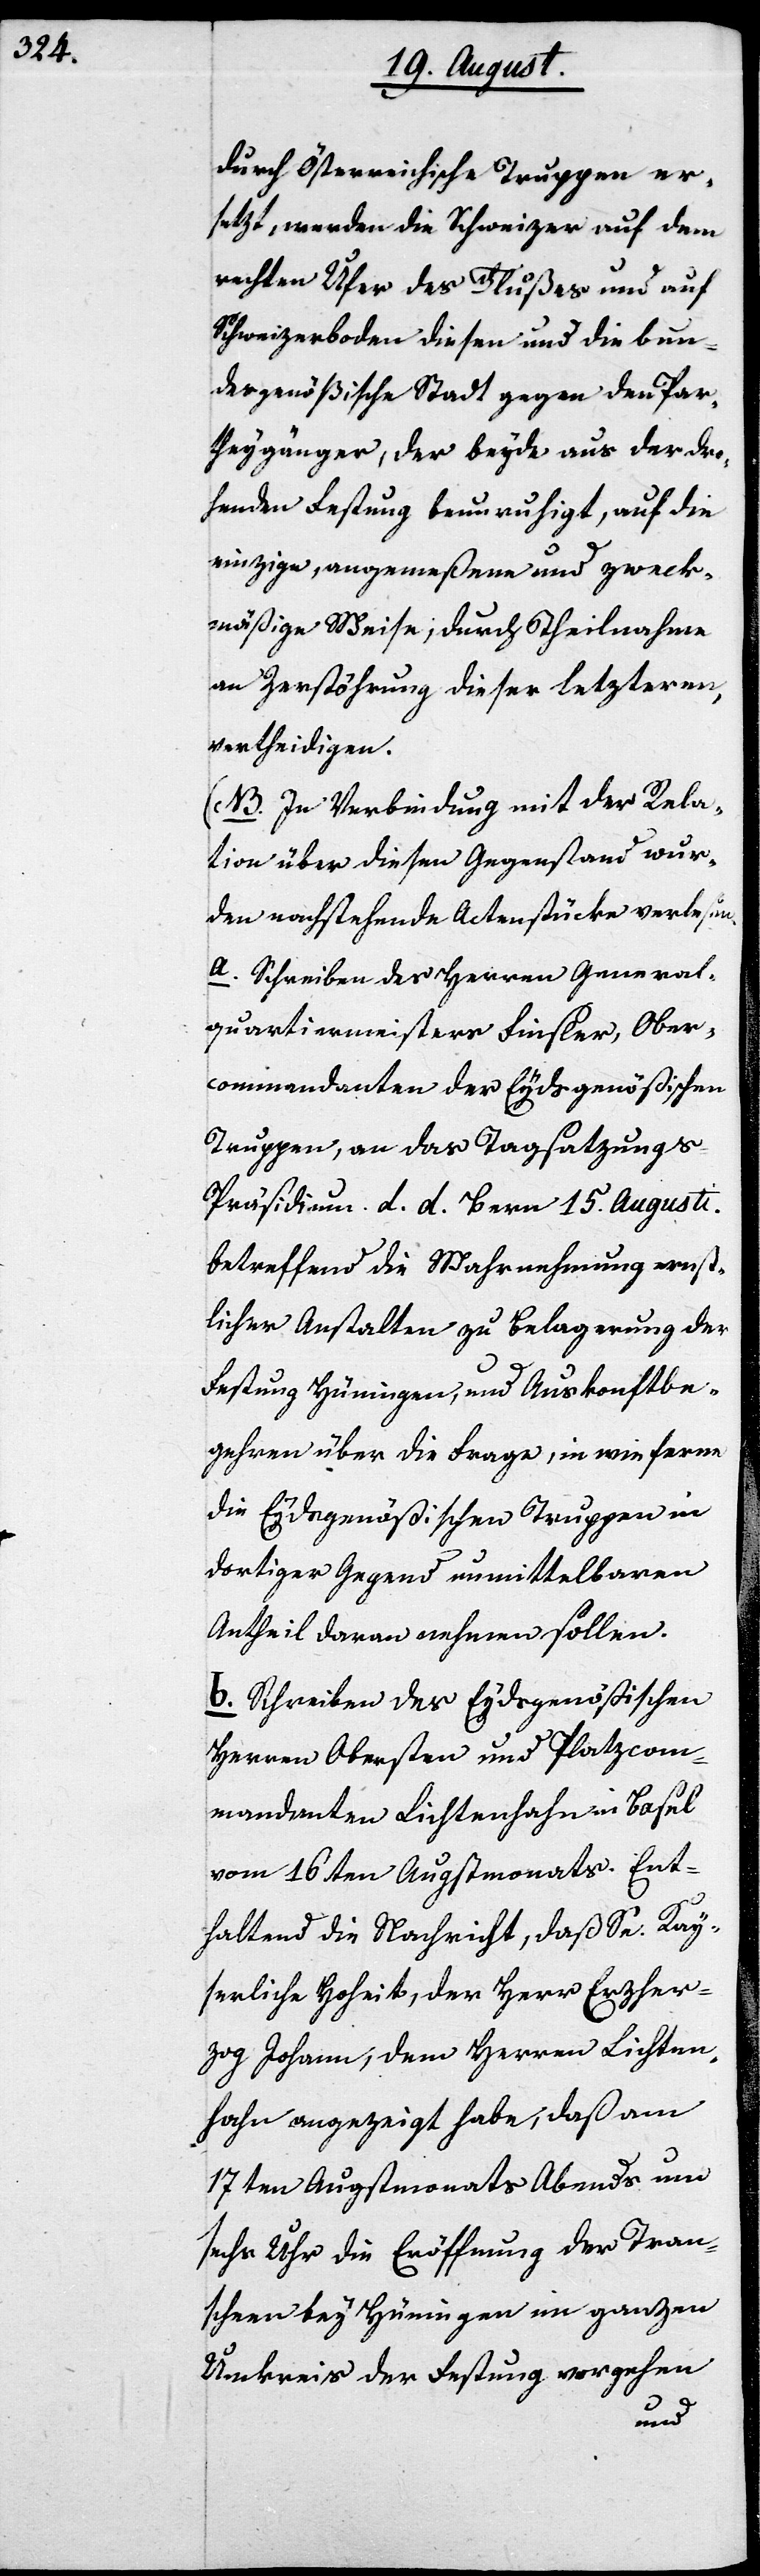
durch Österreichische Truppen er¬
setzt, werden die Schweizer auf dem
rechten Ufer des Flußes und auf
Schweizerboden diesen und die bun¬
desgenößische Stadt gegen den Par¬
theygänger, der beyde aus der dro¬
henden Festung beunruhigt, auf die
einzige, angemeßene und zweck¬
mäßige Weise, durch Theilnahme
an Zerstöhrung dieser letzteren,
vertheidigen.
(NB. In Verbindung mit der Rela¬
tion über diesen Gegenstand wur¬
den nachstehende Actenstücke verlesen.
a. Schreiben des Herren General¬
quartiermeisters Finsler, Ober¬
commandanten der Eydsgenößischen
Truppen, an das Tagsatzung¬
s-Präsidium d. d. Bern 15. Augusti.
betreffend die Wahrnehmung ernst¬
licher Anstalten zu Belagerung der
Festung Hüningen, und Auskonftbe¬
gehren über die Frage, in wie ferne
die Eydsgenößischen Truppen in
dortiger Gegend unmittelbaren
Antheil daran nehmen sollen.
b. Schreiben des Eydsgenößischen
Herren Obersten und Platzcom¬
mandanten Lichtenhahn in Basel
vom 16ten Augstmonats. Ent¬
haltend die Nachricht, daß Se. Kay¬
serliche Hoheit, der Herr Erzher¬
zog Johann, dem Herren Lichten¬
hahn angezeigt habe, daß am
17ten Augstmonats Abends um
sechs Uhr die Eröffnung der Tran¬
scheen bey Hüningen im ganzen
Umkreis der Festung vorgehen